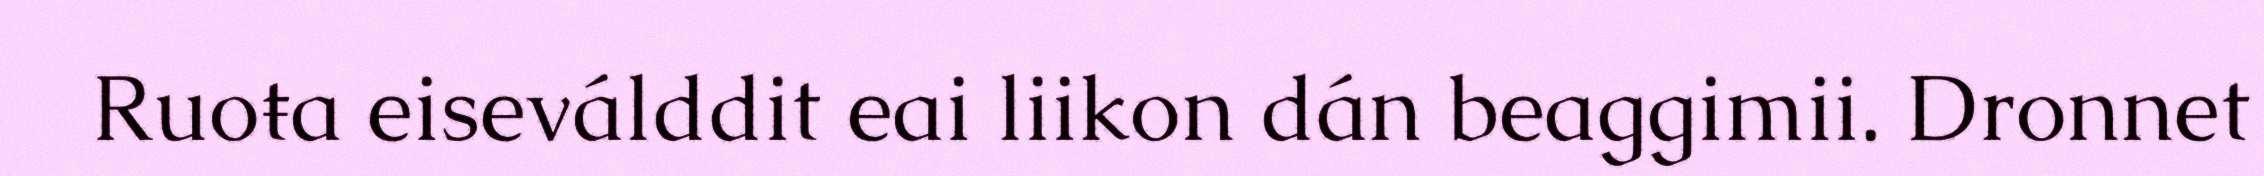
Ruoŧa eiseválddit eai liikon dán beaggimii. Dronnet